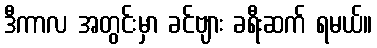
ဒီကာလ အတွင်းမှာ ခင်ဗျား ခရီးဆက် ရမယ်။